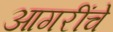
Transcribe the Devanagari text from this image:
आगरींचे